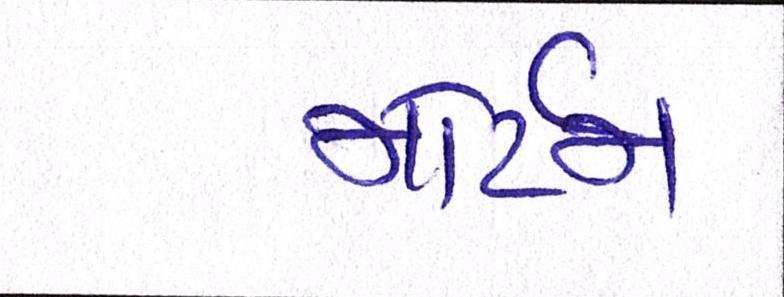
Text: મોર્ટમ